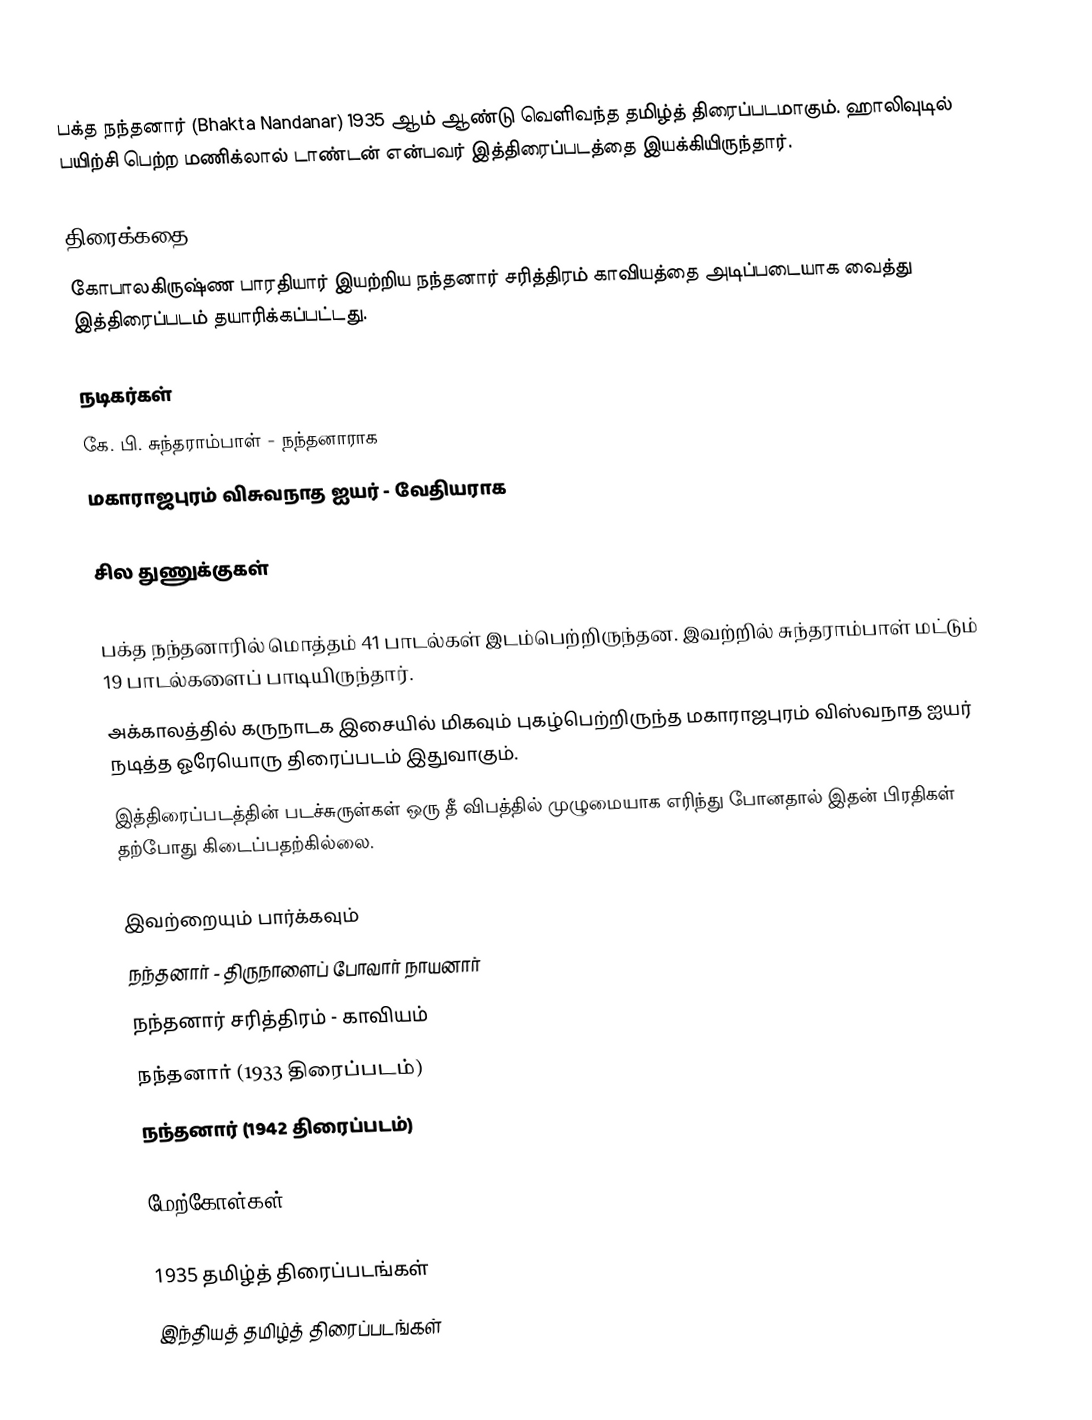
பக்த நந்தனார் (Bhakta Nandanar) 1935 ஆம் ஆண்டு வெளிவந்த தமிழ்த் திரைப்படமாகும். ஹாலிவுடில் பயிற்சி பெற்ற மணிக்லால் டாண்டன் என்பவர் இத்திரைப்படத்தை இயக்கியிருந்தார்.

திரைக்கதை
கோபாலகிருஷ்ண பாரதியார் இயற்றிய நந்தனார் சரித்திரம் காவியத்தை அடிப்படையாக வைத்து இத்திரைப்படம் தயாரிக்கப்பட்டது.

நடிகர்கள்
கே. பி. சுந்தராம்பாள் - நந்தனாராக
மகாராஜபுரம் விசுவநாத ஐயர் - வேதியராக

சில துணுக்குகள்

 பக்த நந்தனாரில் மொத்தம் 41 பாடல்கள் இடம்பெற்றிருந்தன. இவற்றில் சுந்தராம்பாள் மட்டும் 19 பாடல்களைப் பாடியிருந்தார்.
 அக்காலத்தில் கருநாடக இசையில் மிகவும் புகழ்பெற்றிருந்த மகாராஜபுரம் விஸ்வநாத ஐயர் நடித்த ஓரேயொரு திரைப்படம் இதுவாகும்.
 இத்திரைப்படத்தின் படச்சுருள்கள் ஒரு தீ விபத்தில் முழுமையாக எரிந்து போனதால் இதன் பிரதிகள் தற்போது கிடைப்பதற்கில்லை.

இவற்றையும் பார்க்கவும்
நந்தனார் - திருநாளைப் போவார் நாயனார்
நந்தனார் சரித்திரம் - காவியம்
நந்தனார் (1933 திரைப்படம்)
நந்தனார் (1942 திரைப்படம்)

மேற்கோள்கள்

1935 தமிழ்த் திரைப்படங்கள்
இந்தியத் தமிழ்த் திரைப்படங்கள்